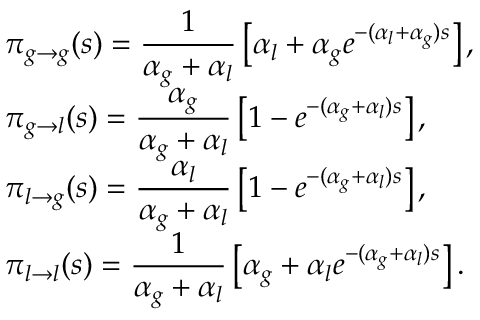
\begin{array} { r l r } & { \displaystyle \pi _ { g \to g } ( s ) = \frac { 1 } { \alpha _ { g } + \alpha _ { l } } \left[ \alpha _ { l } + \alpha _ { g } e ^ { - ( \alpha _ { l } + \alpha _ { g } ) s } \right] , } & \\ & { \displaystyle \pi _ { g \to l } ( s ) = \frac { \alpha _ { g } } { \alpha _ { g } + \alpha _ { l } } \left[ 1 - e ^ { - ( \alpha _ { g } + \alpha _ { l } ) s } \right] , } & \\ & { \displaystyle \pi _ { l \to g } ( s ) = \frac { \alpha _ { l } } { \alpha _ { g } + \alpha _ { l } } \left[ 1 - e ^ { - ( \alpha _ { g } + \alpha _ { l } ) s } \right] , } & \\ & { \displaystyle \pi _ { l \to l } ( s ) = \frac { 1 } { \alpha _ { g } + \alpha _ { l } } \left[ \alpha _ { g } + \alpha _ { l } e ^ { - ( \alpha _ { g } + \alpha _ { l } ) s } \right] . } & \end{array}